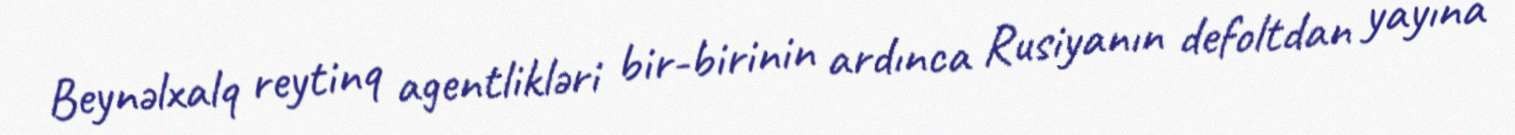
Beynəlxalq reytinq agentlikləri bir-birinin ardınca Rusiyanın defoltdan yayına